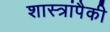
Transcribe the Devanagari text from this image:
शास्त्रांपैकी